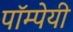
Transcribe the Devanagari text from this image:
पॉम्पेयी